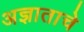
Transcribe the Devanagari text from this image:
अज्ञाताचे